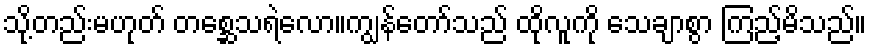
သို့တည်းမဟုတ် တစ္ဆေသရဲလော။ကျွန်တော်သည် ထိုလူကို သေချာစွာ ကြည့်မိသည်။